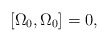
\begin{align*}\left[ \Omega _{0},\Omega _{0}\right] =0, \end{align*}